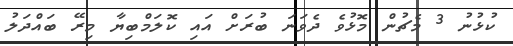
ކުޅުނު 3 މެޗުން މޮޅުވެ ދެވަނަ ބުރަށް އައި ކޮލަމްބިޔާ މިރޭ ބައްދަލު